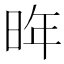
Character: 𪰟